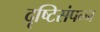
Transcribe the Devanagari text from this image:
दृष्टिसंपन्न